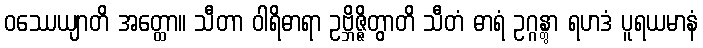
ဝဿေယျာတိ အတ္ထော။ သီတာ ဝါရိဓာရာ ဥဗ္ဘိဇ္ဇိတွာတိ သီတံ ဓာရံ ဥဂ္ဂန္တွာ ရဟဒံ ပူရယမာနံ